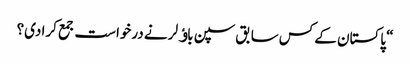
“ پاکستان کے کس سابق سپن باﺅلر نے درخواست جمع کرا دی؟